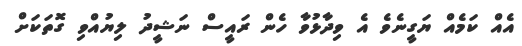
އެއް ކަމެއް ޔަގީނެވެ އެ ވިދާޅުވާ ހެން ރައީސް ނަޝީދު ލިޔުއްވި ގޮތަކަށް